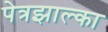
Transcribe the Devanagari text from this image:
पेत्रझाल्का